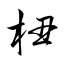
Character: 杻